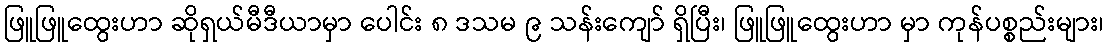
ဖြူဖြူထွေးဟာ ဆိုရှယ်မီဒီယာမှာ ပေါင်း ၈ ဒသမ ၉ သန်းကျော် ရှိပြီး၊ ဖြူဖြူထွေးဟာ မှာ ကုန်ပစ္စည်းများ၊